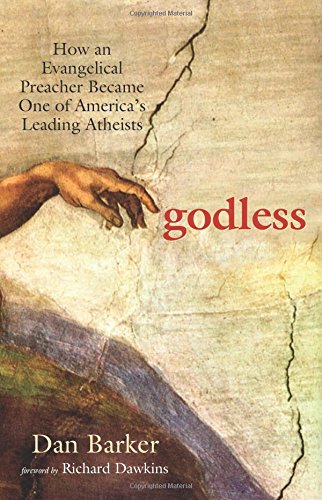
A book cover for Godless: How an Evangelical Preacher Became One of America's Leading Atheists; Dan Barker; Religion & Spirituality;